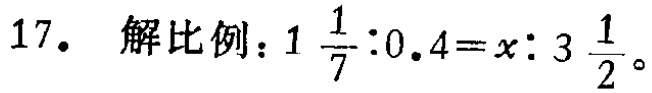
17. 解比例：\(1\frac{1}{7}:0.4 = x:3\frac{1}{2}\)。